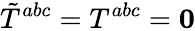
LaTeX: \tilde{T}^{abc}=T^{abc}=\mathbf{0}